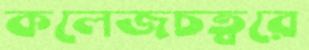
কলেজচত্বরে